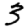
Digit: 3